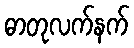
ဓာတုလက်နက်